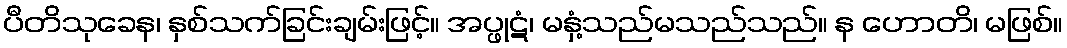
ပီတိသုခေန၊ နှစ်သက်ခြင်းချမ်းဖြင့်။ အပ္ဖုဋံ၊ မနှံ့သည်မသည်သည်။ န ဟောတိ၊ မဖြစ်။